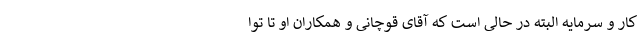
کار و سرمایه البته در حالی است که آقای قوچانی و همکاران او تا توا